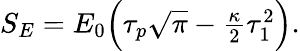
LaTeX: \begin{array}{r}{S_{E}=E_{0}\Big(\tau_{p}\sqrt{\pi}-\frac{\kappa}{2}\tau_{1}^{2}\Big).}\end{array}